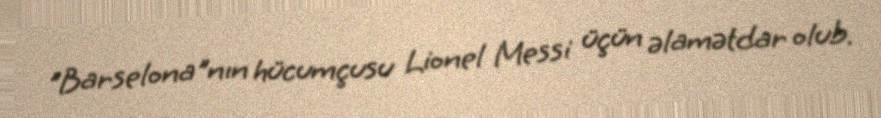
"Barselona"nın hücumçusu Lionel Messi üçün əlamətdar olub.